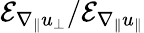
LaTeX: \mathcal{E}_{\nabla_{\| }u_{\perp}}/\mathcal{E}_{\nabla_{\| }u_{\| }}